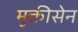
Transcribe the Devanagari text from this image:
मुक्तीसेन